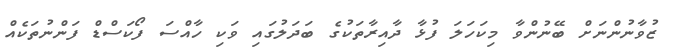
ޒުވާނުންނަށް ބޭނުންވާ މިކަހަލަ ފުޅާ ދާއިރާތަކުގެ ބަދަލުގައި ވަކި ހާއްސަ ފޯކަސްޑް ފަންނުތަކެއް